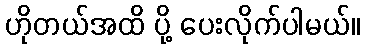
ဟိုတယ်အထိ ပို့ ပေးလိုက်ပါမယ်။